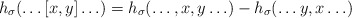
\begin{align*}h_\sigma ( \ldots [x,y] \ldots ) = h_\sigma (\ldots, x, y \ldots) - h_\sigma(\ldots y, x \ldots)\end{align*}